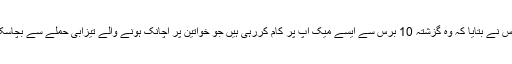
الماس نے بتایا کہ وہ گزشتہ 10 برس سے ایسے میک اپ پر کام کررہی ہیں جو خواتین پر اچانک ہونے والے تیزابی حملے سے بچاسکے۔